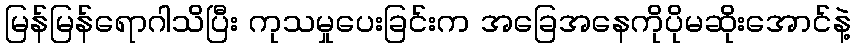
မြန်မြန်ရောဂါသိပြီး ကုသမှုပေးခြင်းက အခြေအနေကိုပိုမဆိုးအောင်နဲ့